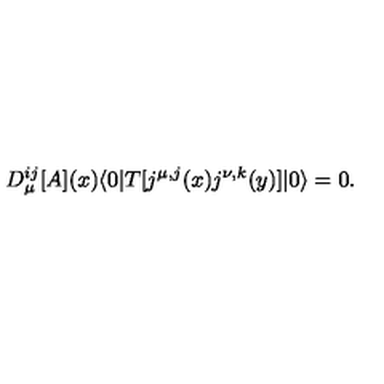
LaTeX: D _ { \mu } ^ { i j } [ A ] ( x ) \langle 0 | T [ j ^ { \mu , j } ( x ) j ^ { \nu , k } ( y ) ] | 0 \rangle = 0 .